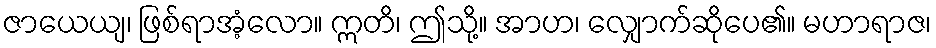
ဇာယေယျ၊ ဖြစ်ရာအံ့လော။ ဣတိ၊ ဤသို့။ အာဟ၊ လျှောက်ဆိုပေ၏။ မဟာရာဇ၊